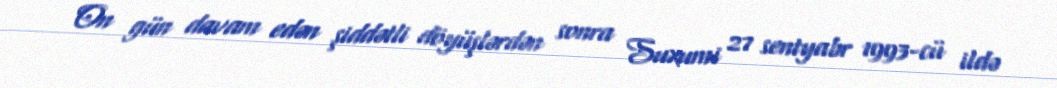
On gün davam edən şiddətli döyüşlərdən sonra Suxumi 27 sentyabr 1993-cü ildə